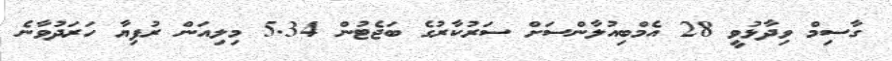
ގާސިމް ވިދާޅުވީ 28 އެމްބިއުލާންސަށް ސަރުކާރުގެ ބަޖެޓުން 5.34 މިލިއަން ރުފިޔާ ހަރަދުވާނެ